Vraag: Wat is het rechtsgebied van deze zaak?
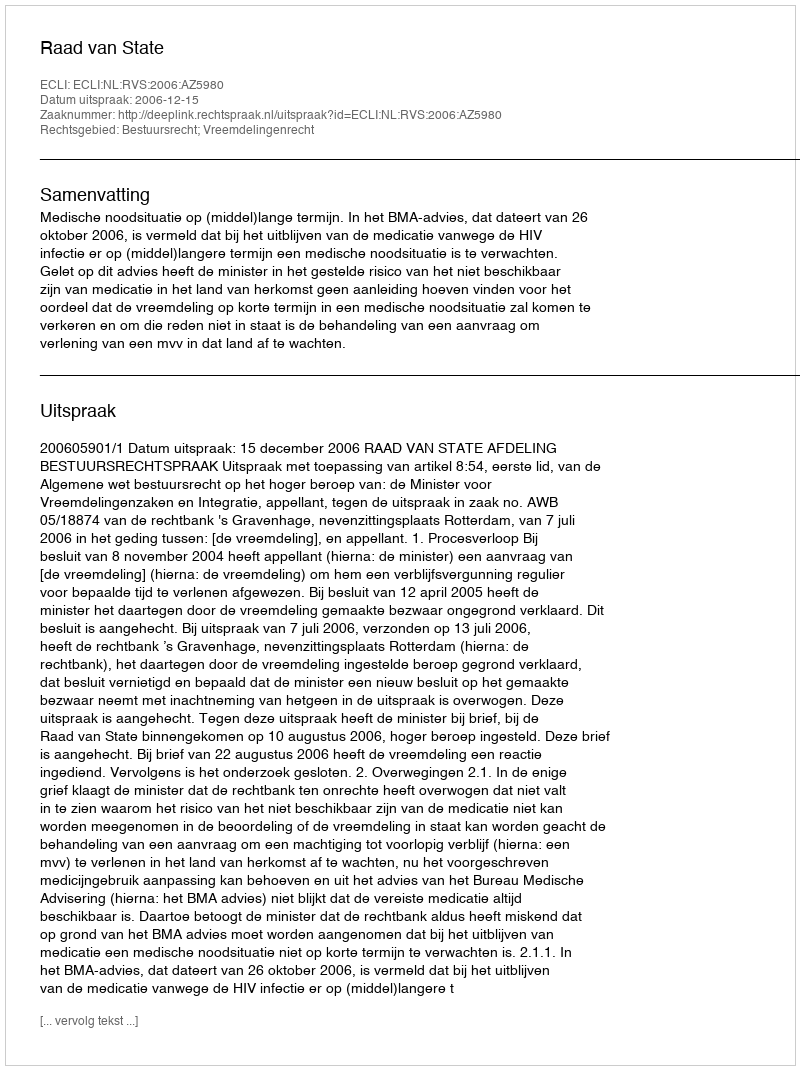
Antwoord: Bestuursrecht; Vreemdelingenrecht